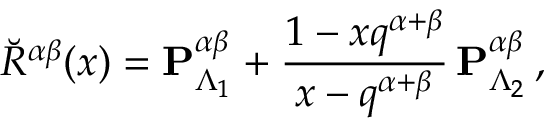
\breve { R } ^ { \alpha \beta } ( x ) = { \bf P } _ { \Lambda _ { 1 } } ^ { \alpha \beta } + \frac { 1 - x q ^ { \alpha + \beta } } { x - q ^ { \alpha + \beta } } \, { \bf P } _ { \Lambda _ { 2 } } ^ { \alpha \beta } \, ,